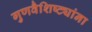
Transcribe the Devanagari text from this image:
गुणवैशिष्ट्यांना